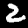
Label: 2